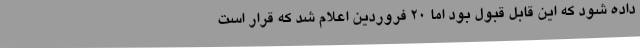
داده شود که این قابل قبول بود اما 20 فروردین اعلام شد که قرار است